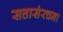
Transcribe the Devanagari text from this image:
सत्तासंरचना